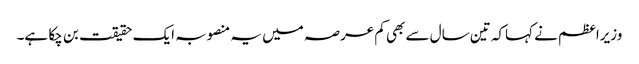
وزیراعظم نے کہاکہ تین سال سے بھی کم عرصہ میں یہ منصوبہ ایک حقیقت بن چکا ہے۔